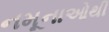
નમૂનાઓથી